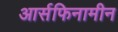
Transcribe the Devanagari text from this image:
आर्सफिनामीन